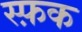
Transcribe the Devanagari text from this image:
स्फ़क